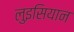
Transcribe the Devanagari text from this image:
लुइसियान